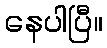
နေပါပြီ။